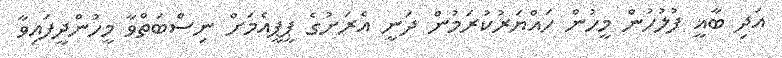
އަދި ބާޣީ ފުލުހުން މީހުން ހައްޔަރުކުރަމުން ދަނީ އެރަށުގެ ޕީޕީއެމަށް ނިސްބަތްވާ މީހުންދީފައިވާ